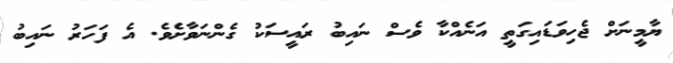
ޔާމީނަށް ޖެހިވަޑައިގަތީ އަނެއްކާ ވެސް ނައިބު ރައީސަކު ގެންނަވާށެވެ. އެ ފަހަރު ނައިބު